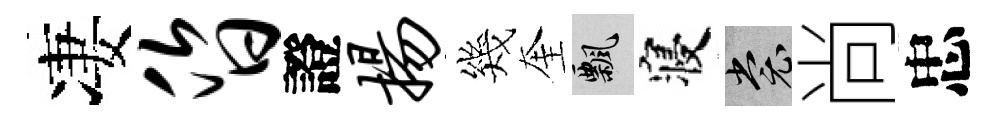
凄昏證扬幾奎飄寝裳尚忠